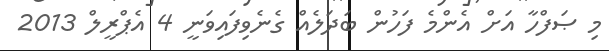
މި ޞަފްހާ އަށް އެންމެ ފަހުން ބަދަލެއް ގެނެވިފައިވަނީ 4 އެޕްރީލް 2013